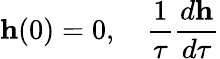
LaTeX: {\mathbf h}(0)=0,\quad\frac{1}{\tau}\frac{d{\mathbf h}}{d\tau}